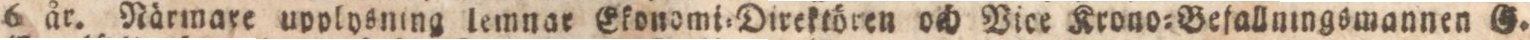
6 år. Närmare upplysning lemnar Ekonomi=Direktören och Vice Krono=Befallningsmannen G.